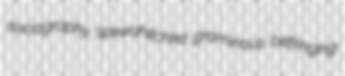
sociography Wewahitchka graminous befringing